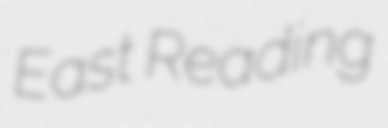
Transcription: East Reading